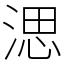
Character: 㴓